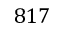
8 1 7